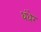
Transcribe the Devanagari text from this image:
धंधेर